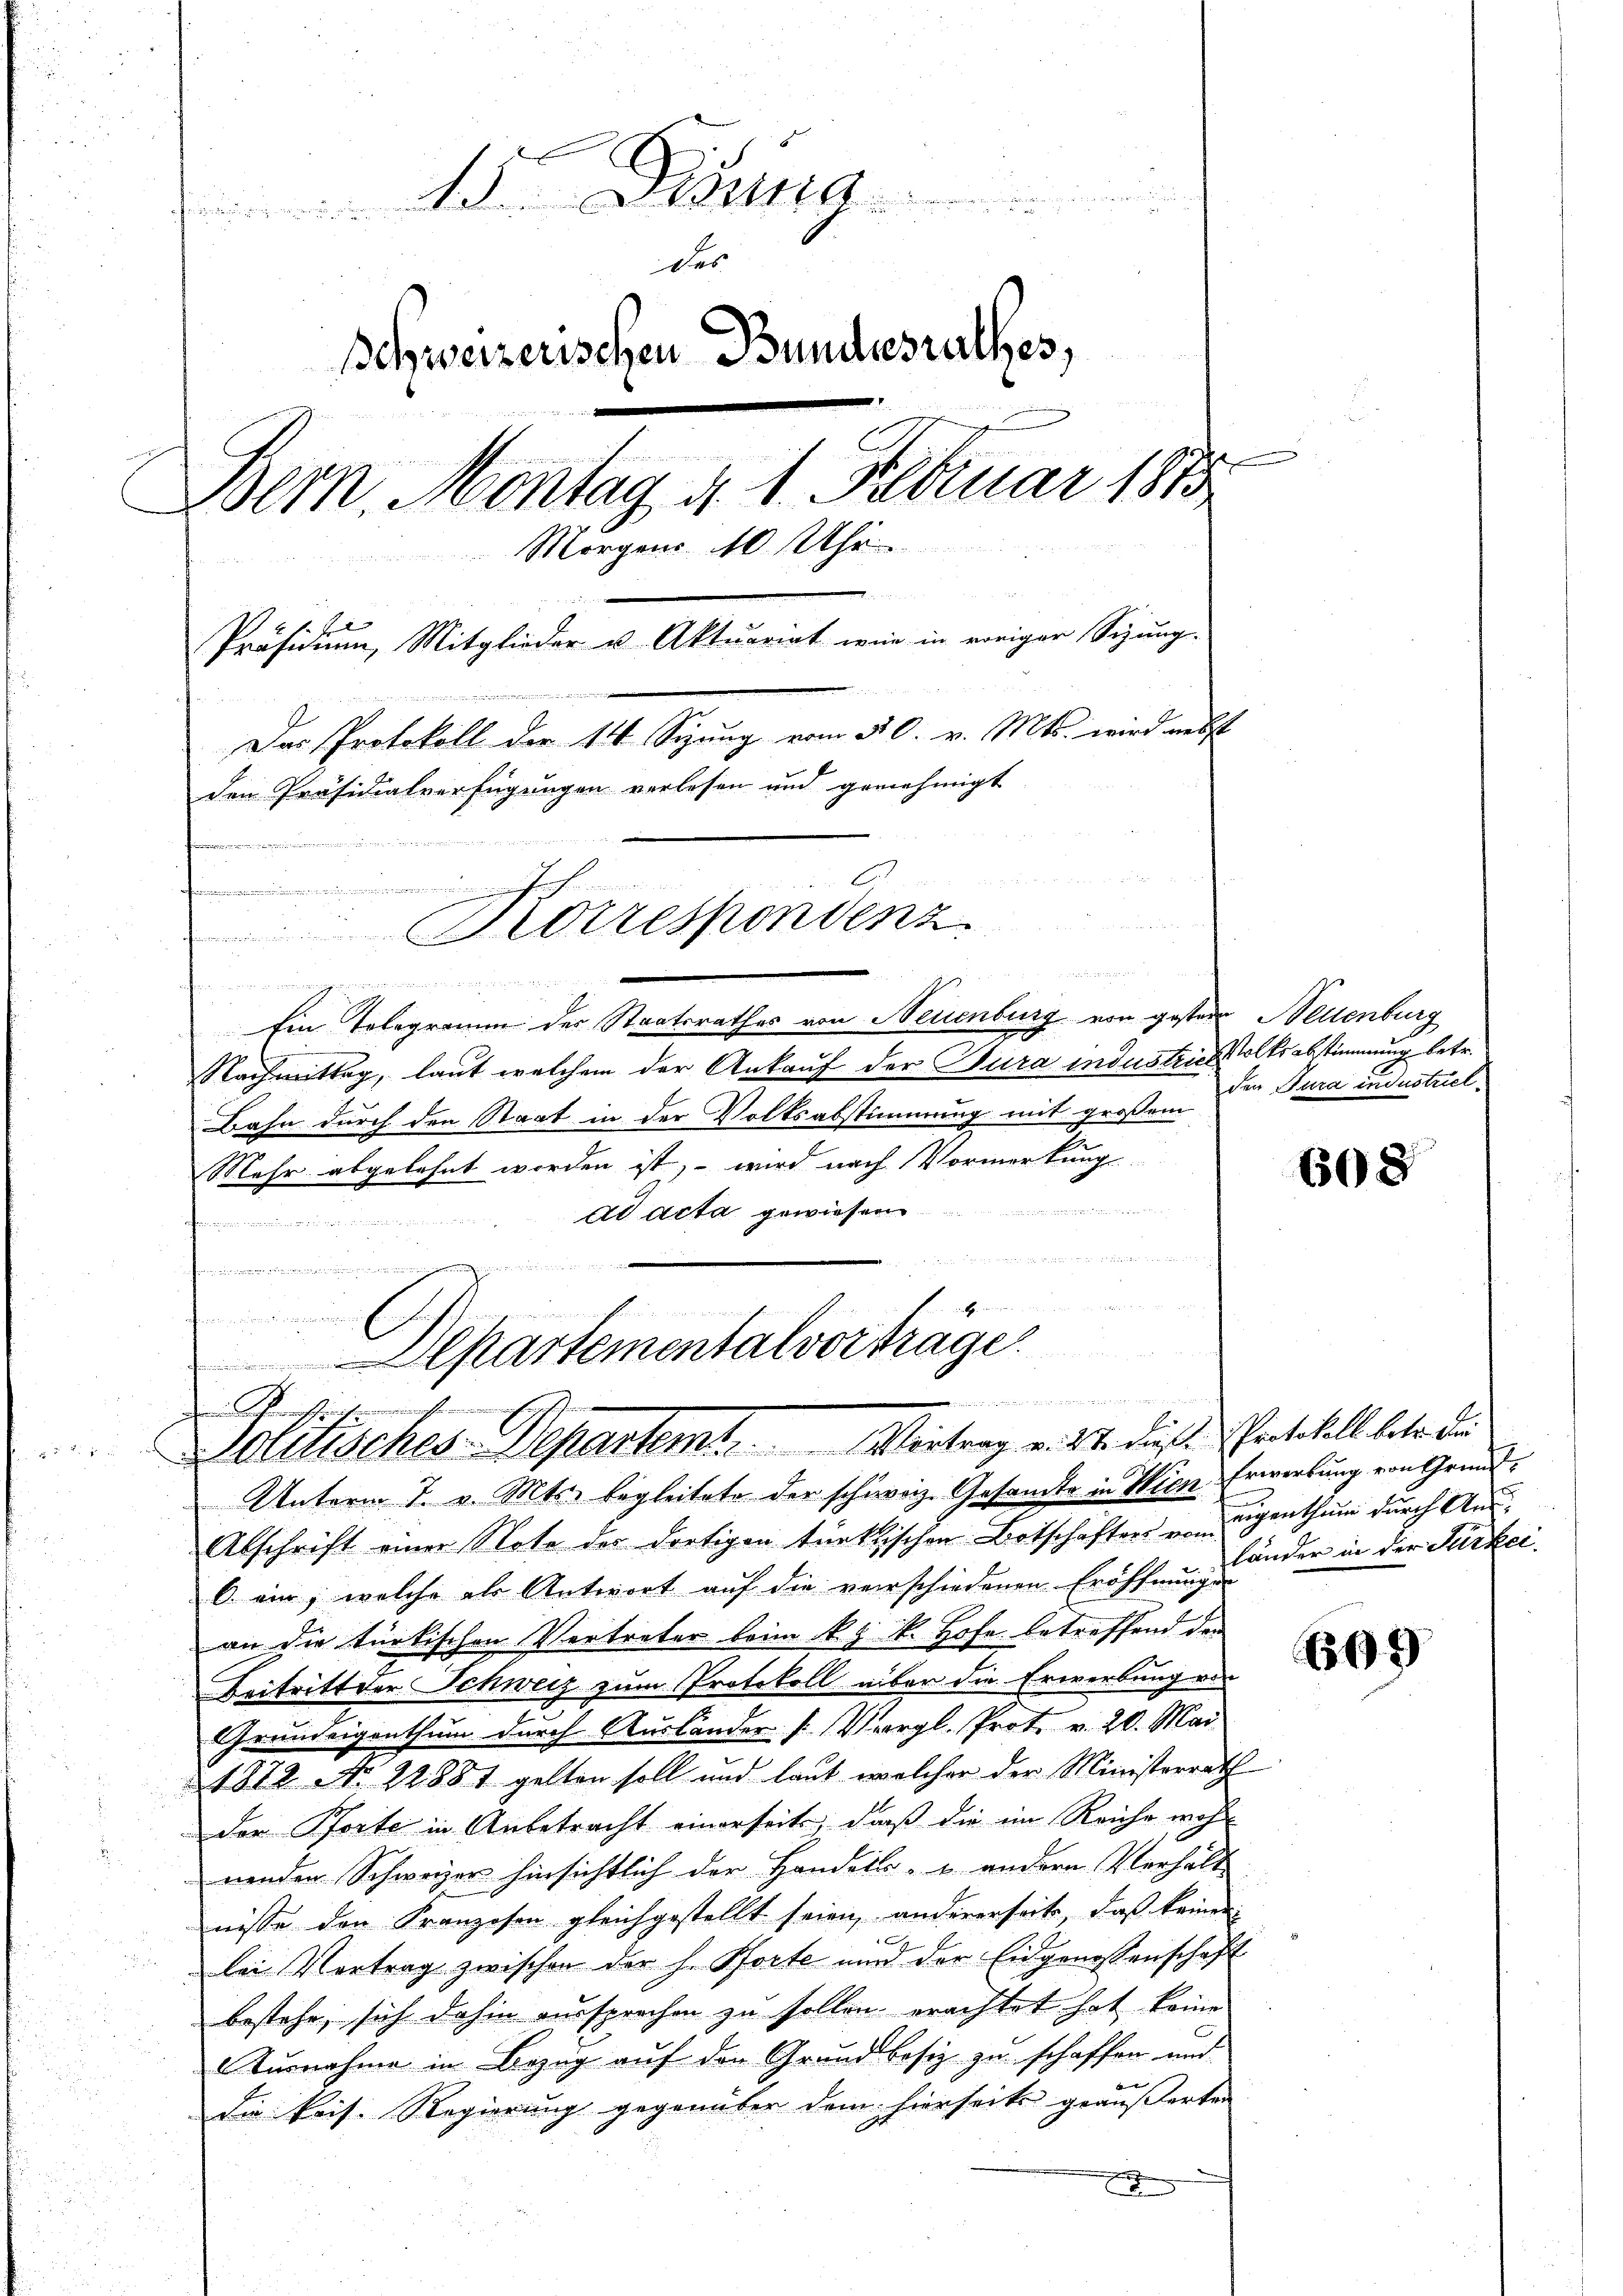
1
des
Schweizerischen Bundesrathes,
Bern. Montag d. 1. Februar 1813
Morgens 10 Uhr

Präsidium, Mitglieder u. Aktuariat wir in voriger Sizung.
Das Protokoll der 14 Sizung vom 30. v. Mts. wird nebst
den Präsidialverfügungen verlesen und genehmigt

Korrespondenz
n
e
ohen eine wenigerun

Ein Telegramm der Staatsrathes von Neuenburg von gestern Seltenburg
Nachmittag, laut welchem der Ankauf der Jura industries Volksabstimmung betr.
Bahn durch den Staat in der Volksabstimmung mit großem
Mehr abgelehnt worden ist, – wird nach Vormerkung
d                                 wie
ad acta gewiesen
.

Unterm 7. v. Mts. begleitete der schweiz. Gesandte in Wien Erwerbung von Grund¬
Abschrift einer Note der dortigen türkischen Botschäften u. eigenthum durch An¬
6. ein, welche als Antwort auf die verschiedenen Eröffnungen
an die türkischen Vertreter beim k. J. K. Hofe betreffend den
Beitritt der Schweiz zum Protokoll über die Erwerbung von
Grundeigenthum durch Ausländer Vergl. Prot. v. 20. Mai
1872 No. 22881 gelten soll und laut welcher der Ministerrath
der Porte in Anbetracht einerseits, daß die im Reiche wohl
nenden Schweizer hinsichtlich der Handels- u. andern Verhält
nisse den Kranzosen gleichgestellt seien, andererseite, daß keinen

E
lei Vertrag zwischen der h. Pforte und der Eidgenossenschaft
bestehe, sich dahin aussprechen zu sollen erachtet hat keine
Ausnahme in Bezug auf den Grundbesiz zu schaffen und
die Pois. Regierung gegenüber dem hierseits geäußerten
x

.
ahmann aurait und in un
Departementalvorträge.
l
dende Verstrafernehmen Eh
Politisches-Departemt. Vertrag v. 24. dies Protokoll betr. die

den Tura industriel

608

länder in der Türkei

99